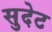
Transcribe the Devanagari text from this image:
सुदेट